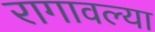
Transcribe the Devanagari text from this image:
रागावल्या